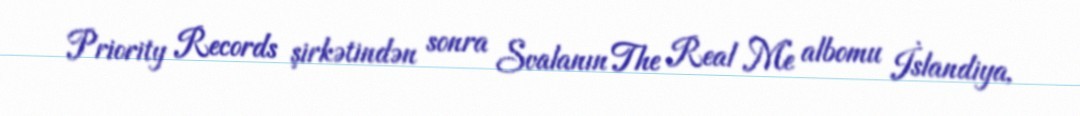
Priority Records şirkətindən sonra Svalanın The Real Me albomu İslandiya,